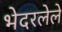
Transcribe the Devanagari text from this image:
भेदरलेले